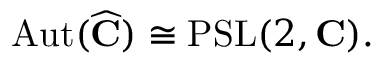
\operatorname { A u t } ( { \widehat { \mathbf { C } } } ) \cong \operatorname { P S L } ( 2 , \mathbf { C } ) .